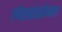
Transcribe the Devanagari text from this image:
लेखांसोबत